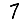
Digit: 7